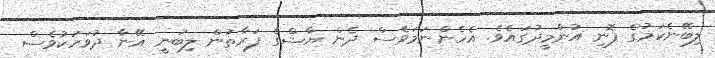
ލިބޭނެކަމުގެ ފޮނި އުންމީދުގައެވެ. އެހެންނަމަވެސް ދެން ޔާޝްގެ ފަރާތުން ލިބުނީ އޭނާ ދުވަހަކުވެސް